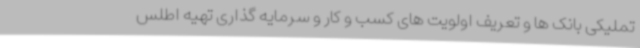
تملیکی بانک ها و تعریف اولویت های کسب و کار و سرمایه گذاری تهیه اطلس